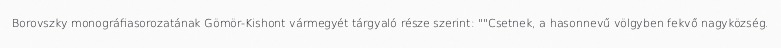
Borovszky monográfiasorozatának Gömör-Kishont vármegyét tárgyaló része szerint: ""Csetnek, a hasonnevű völgyben fekvő nagyközség.